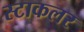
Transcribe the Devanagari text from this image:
स्टाकलर